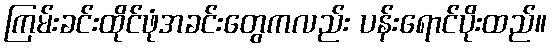
ကြမ်းခင်းထိုင်ဖုံအခင်းတွေကလည်း ပန်းရောင်ပိုးထည်။